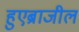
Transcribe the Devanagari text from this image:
हुएब्राजील